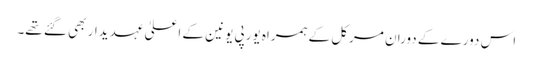
اس دورے کے دوران مرکل کے ہمراہ یورپی یونین کے اعلیٰ عہدیدار بھی گئے تھے۔